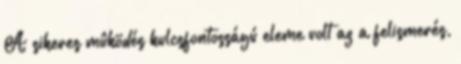
A sikeres mûködés kulcsfontosságú eleme volt az a felismerés,